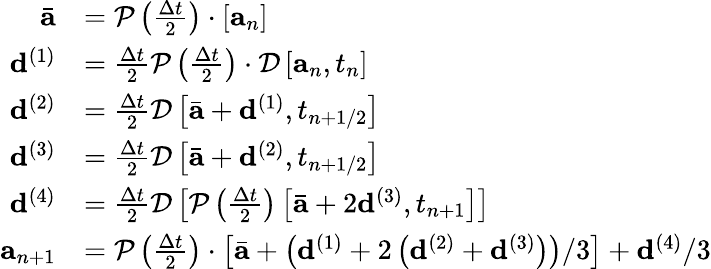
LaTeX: \begin{array}{r}{\begin{array}{rl}{\bar{\mathbf{a}}}&{=\mathcal{P}\left(\frac{\Delta t}{2}\right)\cdot\left[\mathbf{a}_{n}\right]}\\ {\mathbf{d}^{(1)}}&{=\frac{\Delta t}{2}\mathcal{P}\left(\frac{\Delta t}{2}\right)\cdot\mathcal{D}\left[\mathbf{a}_{n},t_{n}\right]}\\ {\mathbf{d}^{(2)}}&{=\frac{\Delta t}{2}\mathcal{D}\left[\bar{\mathbf{a}}+\mathbf{d}^{(1)},t_{n+1/2}\right]}\\ {\mathbf{d}^{(3)}}&{=\frac{\Delta t}{2}\mathcal{D}\left[\bar{\mathbf{a}}+\mathbf{d}^{(2)},t_{n+1/2}\right]}\\ {\mathbf{d}^{(4)}}&{=\frac{\Delta t}{2}\mathcal{D}\left[\mathcal{P}\left(\frac{\Delta t}{2}\right)\left[\bar{\mathbf{a}}+2\mathbf{d}^{(3)},t_{n+1}\right]\right]}\\ {\mathbf{a}_{n+1}}&{=\mathcal{P}\left(\frac{\Delta t}{2}\right)\cdot\left[\bar{\mathbf{a}}+\left(\mathbf{d}^{(1)}+2\left(\mathbf{d}^{(2)}+\mathbf{d}^{(3)}\right)\right)/3\right]+\mathbf{d}^{(4)}/3}\end{array}}\end{array}